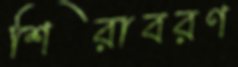
শিরাবরণ